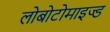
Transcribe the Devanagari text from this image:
लोबोटोमाइज्ड